画像に写った文字を読んでください
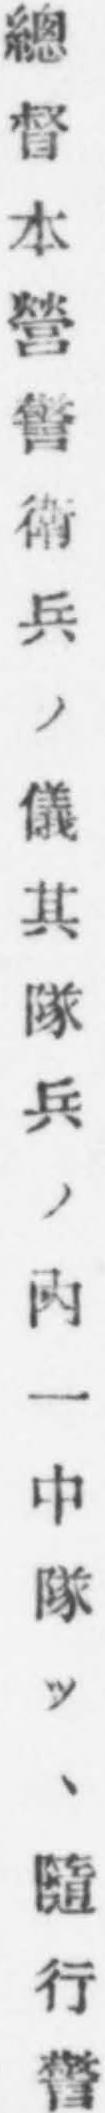
「總督本營警衛兵ノ儀其隊兵ノ内一中隊ツヽ隨行警」と書いてあります